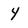
Character: 4